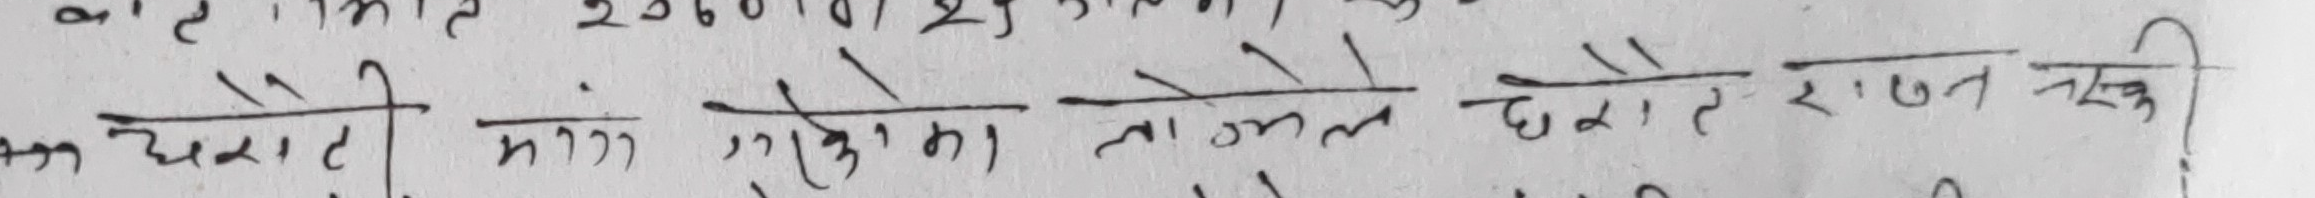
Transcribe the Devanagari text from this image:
एक चेराटी मीन गुरुपमा मानले छोराले रावत नक्की